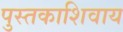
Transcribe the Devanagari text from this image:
पुस्तकाशिवाय